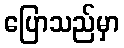
ပြောသည်မှာ